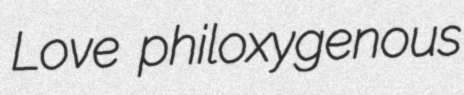
Love philoxygenous